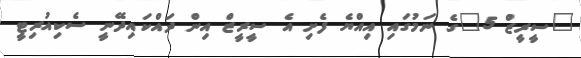
"ސީރީޒް 5"ގެ ނަމުގައި އިއްޔެ ފެށި އެ ސީރީޒް އިން ދައްކައިދޭނީ ސެކިއުރިޓީ